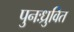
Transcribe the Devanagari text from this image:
पुनःध्रुवित